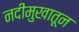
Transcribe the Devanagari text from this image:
नदीमुखातून